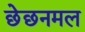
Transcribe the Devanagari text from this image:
छेछनमल